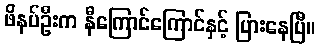
ဖိနပ်ဦးက နီကြောင်ကြောင်နှင့် ပြားနေပြီ။